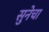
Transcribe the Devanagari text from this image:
सुनेचा